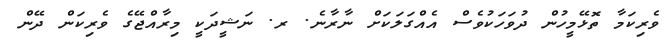
ވެރިކަމާ ތޮޅޭމީހުން ދުވަހަކުވެސް އެއްގަލަކަށް ނާރާނެ. ރ. ނަޝީދަކީ މިރާއްޖޭގެ ވެރިކަން ދޭން